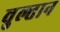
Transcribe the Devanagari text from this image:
वुल्तान